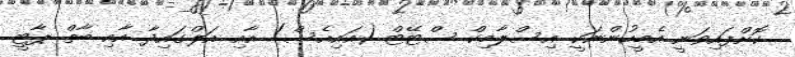
ކޮށްފައިވަނީ އެމީހުންނަކީ އިސްލާމިކް ސްޓޭޓް (އައިއެސް) އާއި އަލްގައިދާ އާއި ބާތް ޕާޓީ